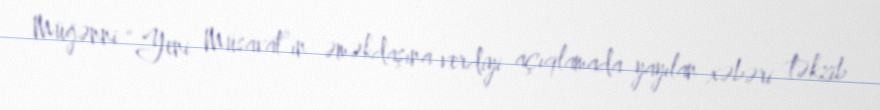
Müğənni “Yeni Müsavat”ın əməkdaşına verdiyi açıqlamada yayılan xəbəri təkzib